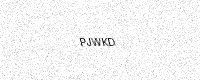
Text: PJWKD